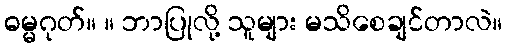
ဓမ္မဂုတ်။ ။ ဘာပြုလို့ သူများ မသိစေချင်တာလဲ။